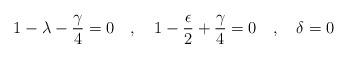
LaTeX: \begin{align*}1- \lambda - \frac{\gamma }{4} = 0 \ \ \ , \ \ \ 1 - \frac{\epsilon}{2} + \frac{\gamma}{4} = 0 \ \ \ , \ \ \ \delta = 0\end{align*}